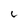
Character: 6